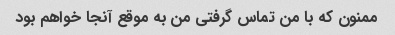
ممنون که با من تماس گرفتی من به موقع آنجا خواهم بود